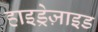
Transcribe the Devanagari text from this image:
हाइड्रेज़ाइड